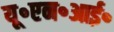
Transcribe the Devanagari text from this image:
यू॰एन॰आई॰